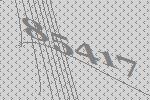
85417